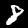
Digit: 8